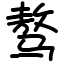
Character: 骜